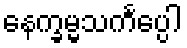
နေက္ခမ္မသင်္ကပ္ပေါ